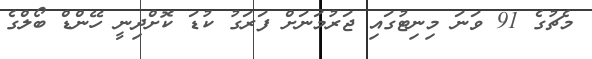
މެޗުގެ 91 ވަނަ މިނިޓުގައި ޖަރުމަނަށް ފަރަގު ކުޑަ ކޮށްދިނީ ހޭންޑް ބޯލްގެ